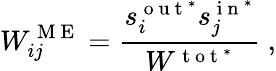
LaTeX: W_{ij}^{\mathrm{~M~E~}}=\frac{s_{i}^{\mathrm{~o~u~t~}^{*}}s_{j}^{\mathrm{~i~n~}^{*}}}{W^{\mathrm{~t~o~t~}^{*}}}\; ,